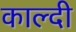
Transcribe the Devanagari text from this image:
काल्दी